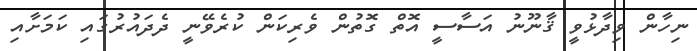
ނިހާން ވިދާޅުވީ ޤާނޫނު އަސާސީ އޮތް ގޮތުން ވެރިކަން ކުރެވޭނީ ދެދައުރުގައި ކަމަށާއި